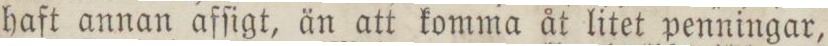
haft annan afſigt, än att komma åt litet penningar,